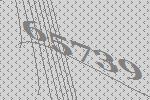
65739